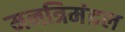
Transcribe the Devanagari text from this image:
मनत्रिमंडल